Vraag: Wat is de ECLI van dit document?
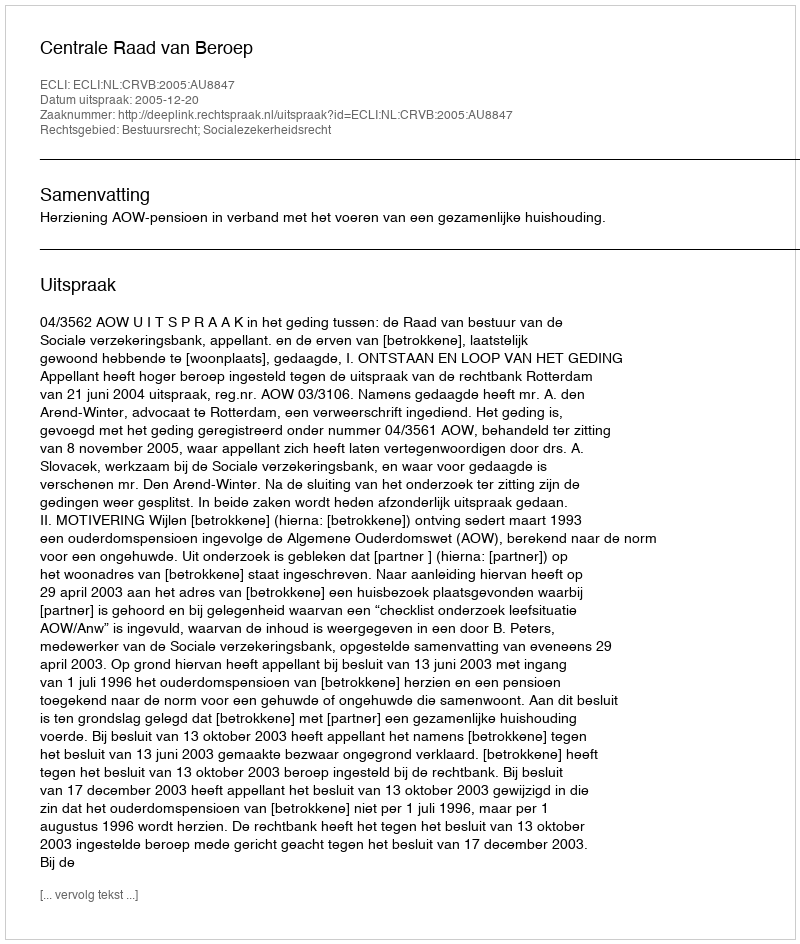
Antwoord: ECLI:NL:CRVB:2005:AU8847